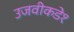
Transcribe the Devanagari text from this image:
उजवीकडे१